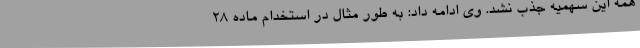
همه این سهمیه جذب نشد. وی ادامه داد: به طور مثال در استخدام ماده ۲۸